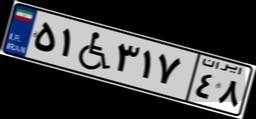
۵۱W۳۱۷۴۸